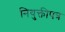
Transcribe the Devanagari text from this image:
नियुक्तीपत्र